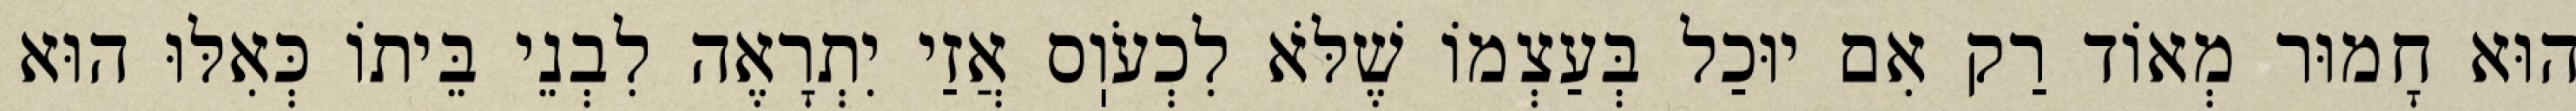
הוּא חָמוּר מְאוֹד רַק אִם יוּכַל בְּעַצְמוֹ שֶׁלֹּא לִכְעֹוֽס אֲזַי יִתְרָאֶה לִבְנֵי בֵּיתוֹ כְּאִלּוּ הוּא